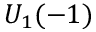
U _ { 1 } ( - 1 )